Report on sanitation, dispensaries, and jails in Rajputana for 1911, and on vaccination for the year 1911-1912 - 1911-1912
Year: 1911
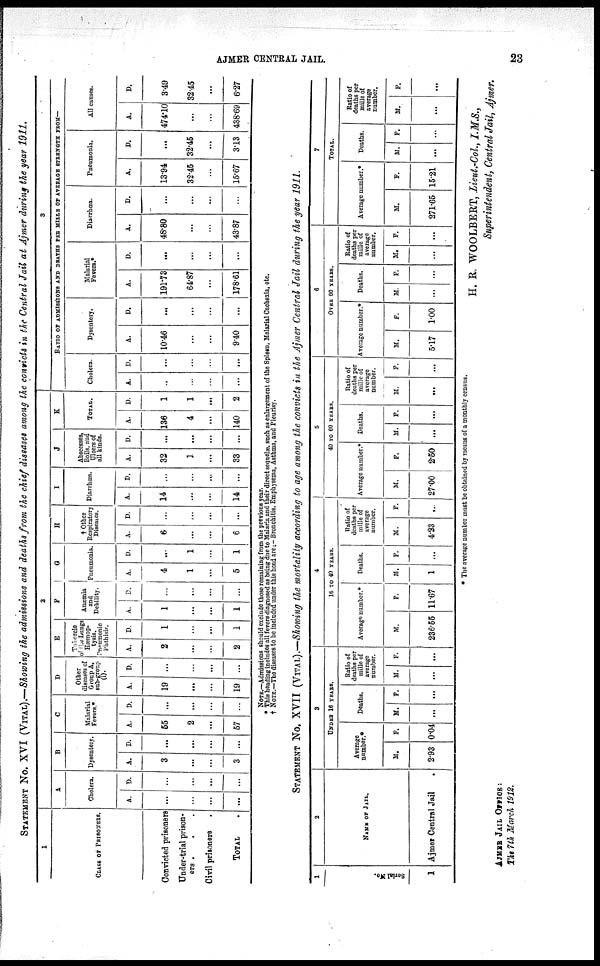
AJMER CENTRAL JAIL.
23
STATEMENT No. XVI (VITAL).—Showing the admissions and deaths from the chief diseases among the convicts in the Central Jail at Ajmer during the year 1911.
1
CLASS OF PRISONERS.
Convicted prisoners
Under-trial prison-
ers . . .
Civil prisoners .
TOTAL .
2
A
Cholera.
A.
...
...
...
...
D.
...
...
...
...
B
Dysentery.
A.
3
...
...
3
D.
...
...
...
...
C
Malarial
Fevers.*
A.
55
2
...
57
D.
...
...
...
...
D
Other
diseases of
Group A,
sub-group
(i).
A.
19
...
...
19
D.
...
...
...
...
E
Tubercle
of the Lungs
Hæmop¬
tysis.
Pneumonic
Phthisis.
A.
2
...
...
2
D.
1
...
...
1
F
Anæmia
and
Debility.
A.
1
...
...
1
D.
...
...
...
...
G
Pneumonia.
A.
4
1
...
5
D.
...
1
...
1
H
† Other
Respiratory
Diseases.
A.
6
...
...
6
D.
...
...
...
...
I
Diarrhæa.
A.
14
...
...
14
D.
...
...
...
...
J
Abscesses,
Boils, and
Ulcers of
all kinds.
A.
32
1
...
33
D.
...
...
...
...
K
TOTAL.
A.
136
4
...
140
D.
1
1
...
2
3
RATIO OF ADMISSIONS AND DEATHS PER MILLE OF AVERAGE STRENGTH FROM—
Cholera.
A.
..
...
...
...
D.
...
...
...
...
Dysentery.
A.
10.46
...
...
9.40
D.
...
...
...
...
Malarial
Fevers.*
A.
191.73
64.87
...
178.61
D.
...
...
...
...
Diarrhæa.
A.
48.80
...
...
43.87
D.
...
...
...
...
Pneumonia.
A.
13.94
32.45
...
15.67
D.
...
32.45
...
3.13
All causes.
A.
474.10
...
...
438.69
D.
3.49
32.45
...
6.27
NOTE.—Admissions should exclude those remaining from the previous year.
* This heading includes all fevers diagnosed as being due to Malaria and their direct sequelæ, such as enlargement of the Spleen. Malarial Cachexia, etc.
† NOTE.—The diseases to be included under this head are:- Bronchitis, Emphysema, Asthma, and Pleurisy.
STATEMENT No. XVII (VITAL).—Showing the mortality according to age among the convicts in the Ajmer Central Jail during the year 1911.
1
Serial No.
1
2
NAME OF JAIL.
Ajmer Central Jail
3
UNDER 16 YEARS.
Average
number.*
M.
2.93
F.
0.04
Deaths.
M.
...
F.
...
Ratio of
deaths per
mille of
average
number.
M.
...
F.
...
4
10 TO 40 YEARS.
Average number.*
M.
236.55
F.
11.67
Deaths.
M.
1
F.
...
Ratio of
deaths per
mille of
average
number.
M.
4.23
F.
...
5
40 TO 60 YEARS.
Average number.*
M.
27.00
F.
2.50
Deaths.
M.
...
F.
...
Ratio of
deaths per
mille of
average
number.
M.
...
F.
...
6
OVER 60 YEARS.
Average number.*
M.
5.17
F.
1.00
Deaths.
M.
...
F.
...
Ratio of
deaths per
mille of
average
number.
M.
...
F.
...
7
TOTAL.
Average number.*
M.
271.65
F.
15.21
Deaths.
M.
...
F.
...
Ratio of
deaths per
mille of
average
number.
M.
...
F.
...
* The average number must be obtained by means of a monthly census.
H. R. WOOLBERT, Lieut.-Col, I.M.S.,
Superintendent, Central Jail, Ajmer.
AJMER JAIL OFFICE :
The 7th March 1912.